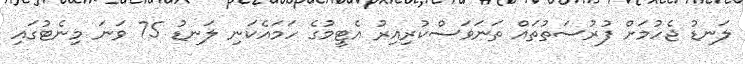
ލަނޑު ޖެހުމަށް ފުރުސަތުތައް ތަނަވަސްކުރިއިރު އެޓީމުގެ ހަމައެކަނި ލަނޑު 75 ވަނަ މިނެޓުގައި